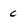
Character: C